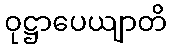
ဝုဋ္ဌာပေယျာတိ